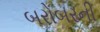
બરોબરની